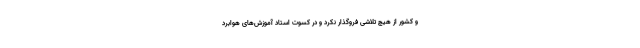
و کشور از هیچ تلاشی فروگذار نکرد و در کسوت استاد آموزش‌های هوابرد